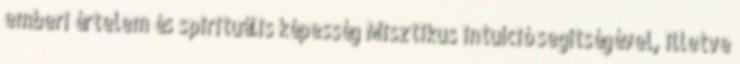
emberi értelem és spirituális képesség Misztikus intuíció segítségével, illetve